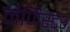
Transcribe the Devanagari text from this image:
मैजिस्टर